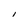
Character: 1